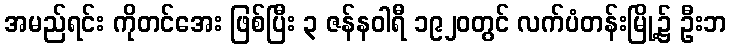
အမည်ရင်း ကိုတင်အေး ဖြစ်ပြီး ၃ ဇန်နဝါရီ ၁၉၂၀တွင် လက်ပံတန်းမြို့၌ ဦးဘ